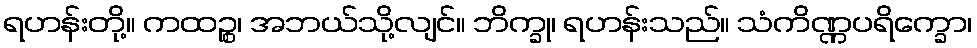
ရဟန်းတို့။ ကထဉ္စ၊ အဘယ်သို့လျင်။ ဘိက္ခု၊ ရဟန်းသည်။ သံကိဏ္ဏပရိက္ခော၊